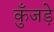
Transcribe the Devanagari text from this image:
कुँजड़े